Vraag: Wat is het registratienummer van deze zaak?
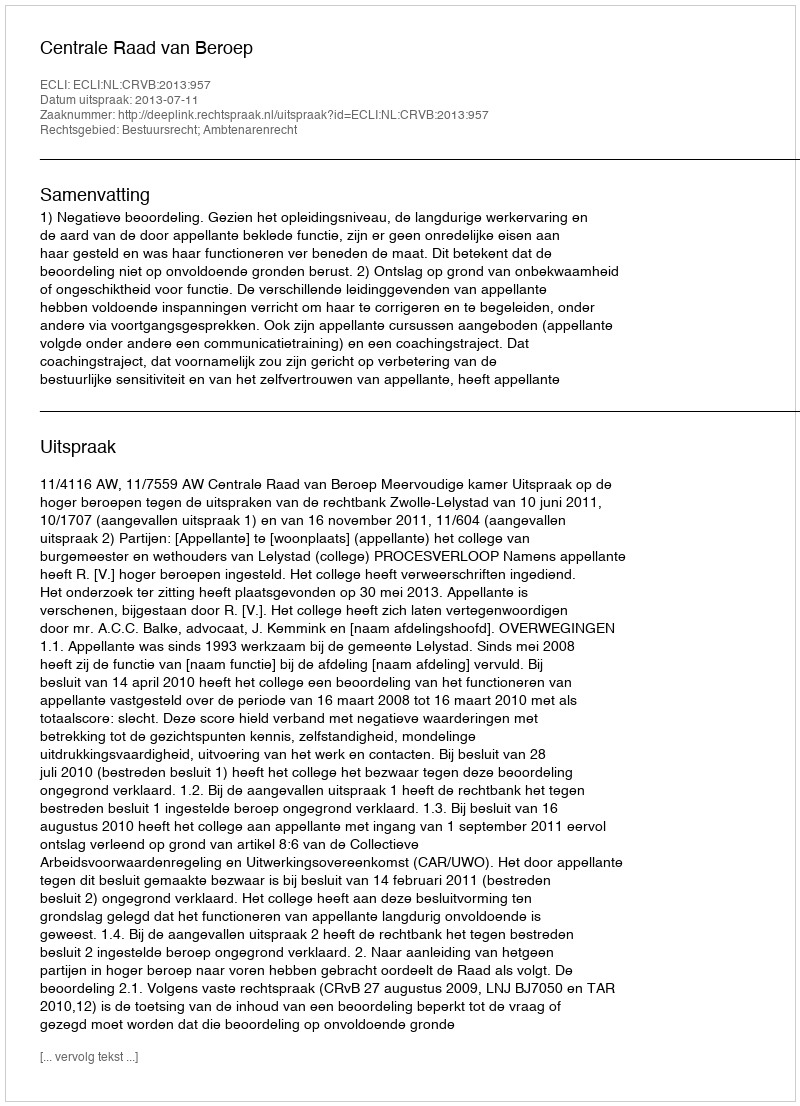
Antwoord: http://deeplink.rechtspraak.nl/uitspraak?id=ECLI:NL:CRVB:2013:957